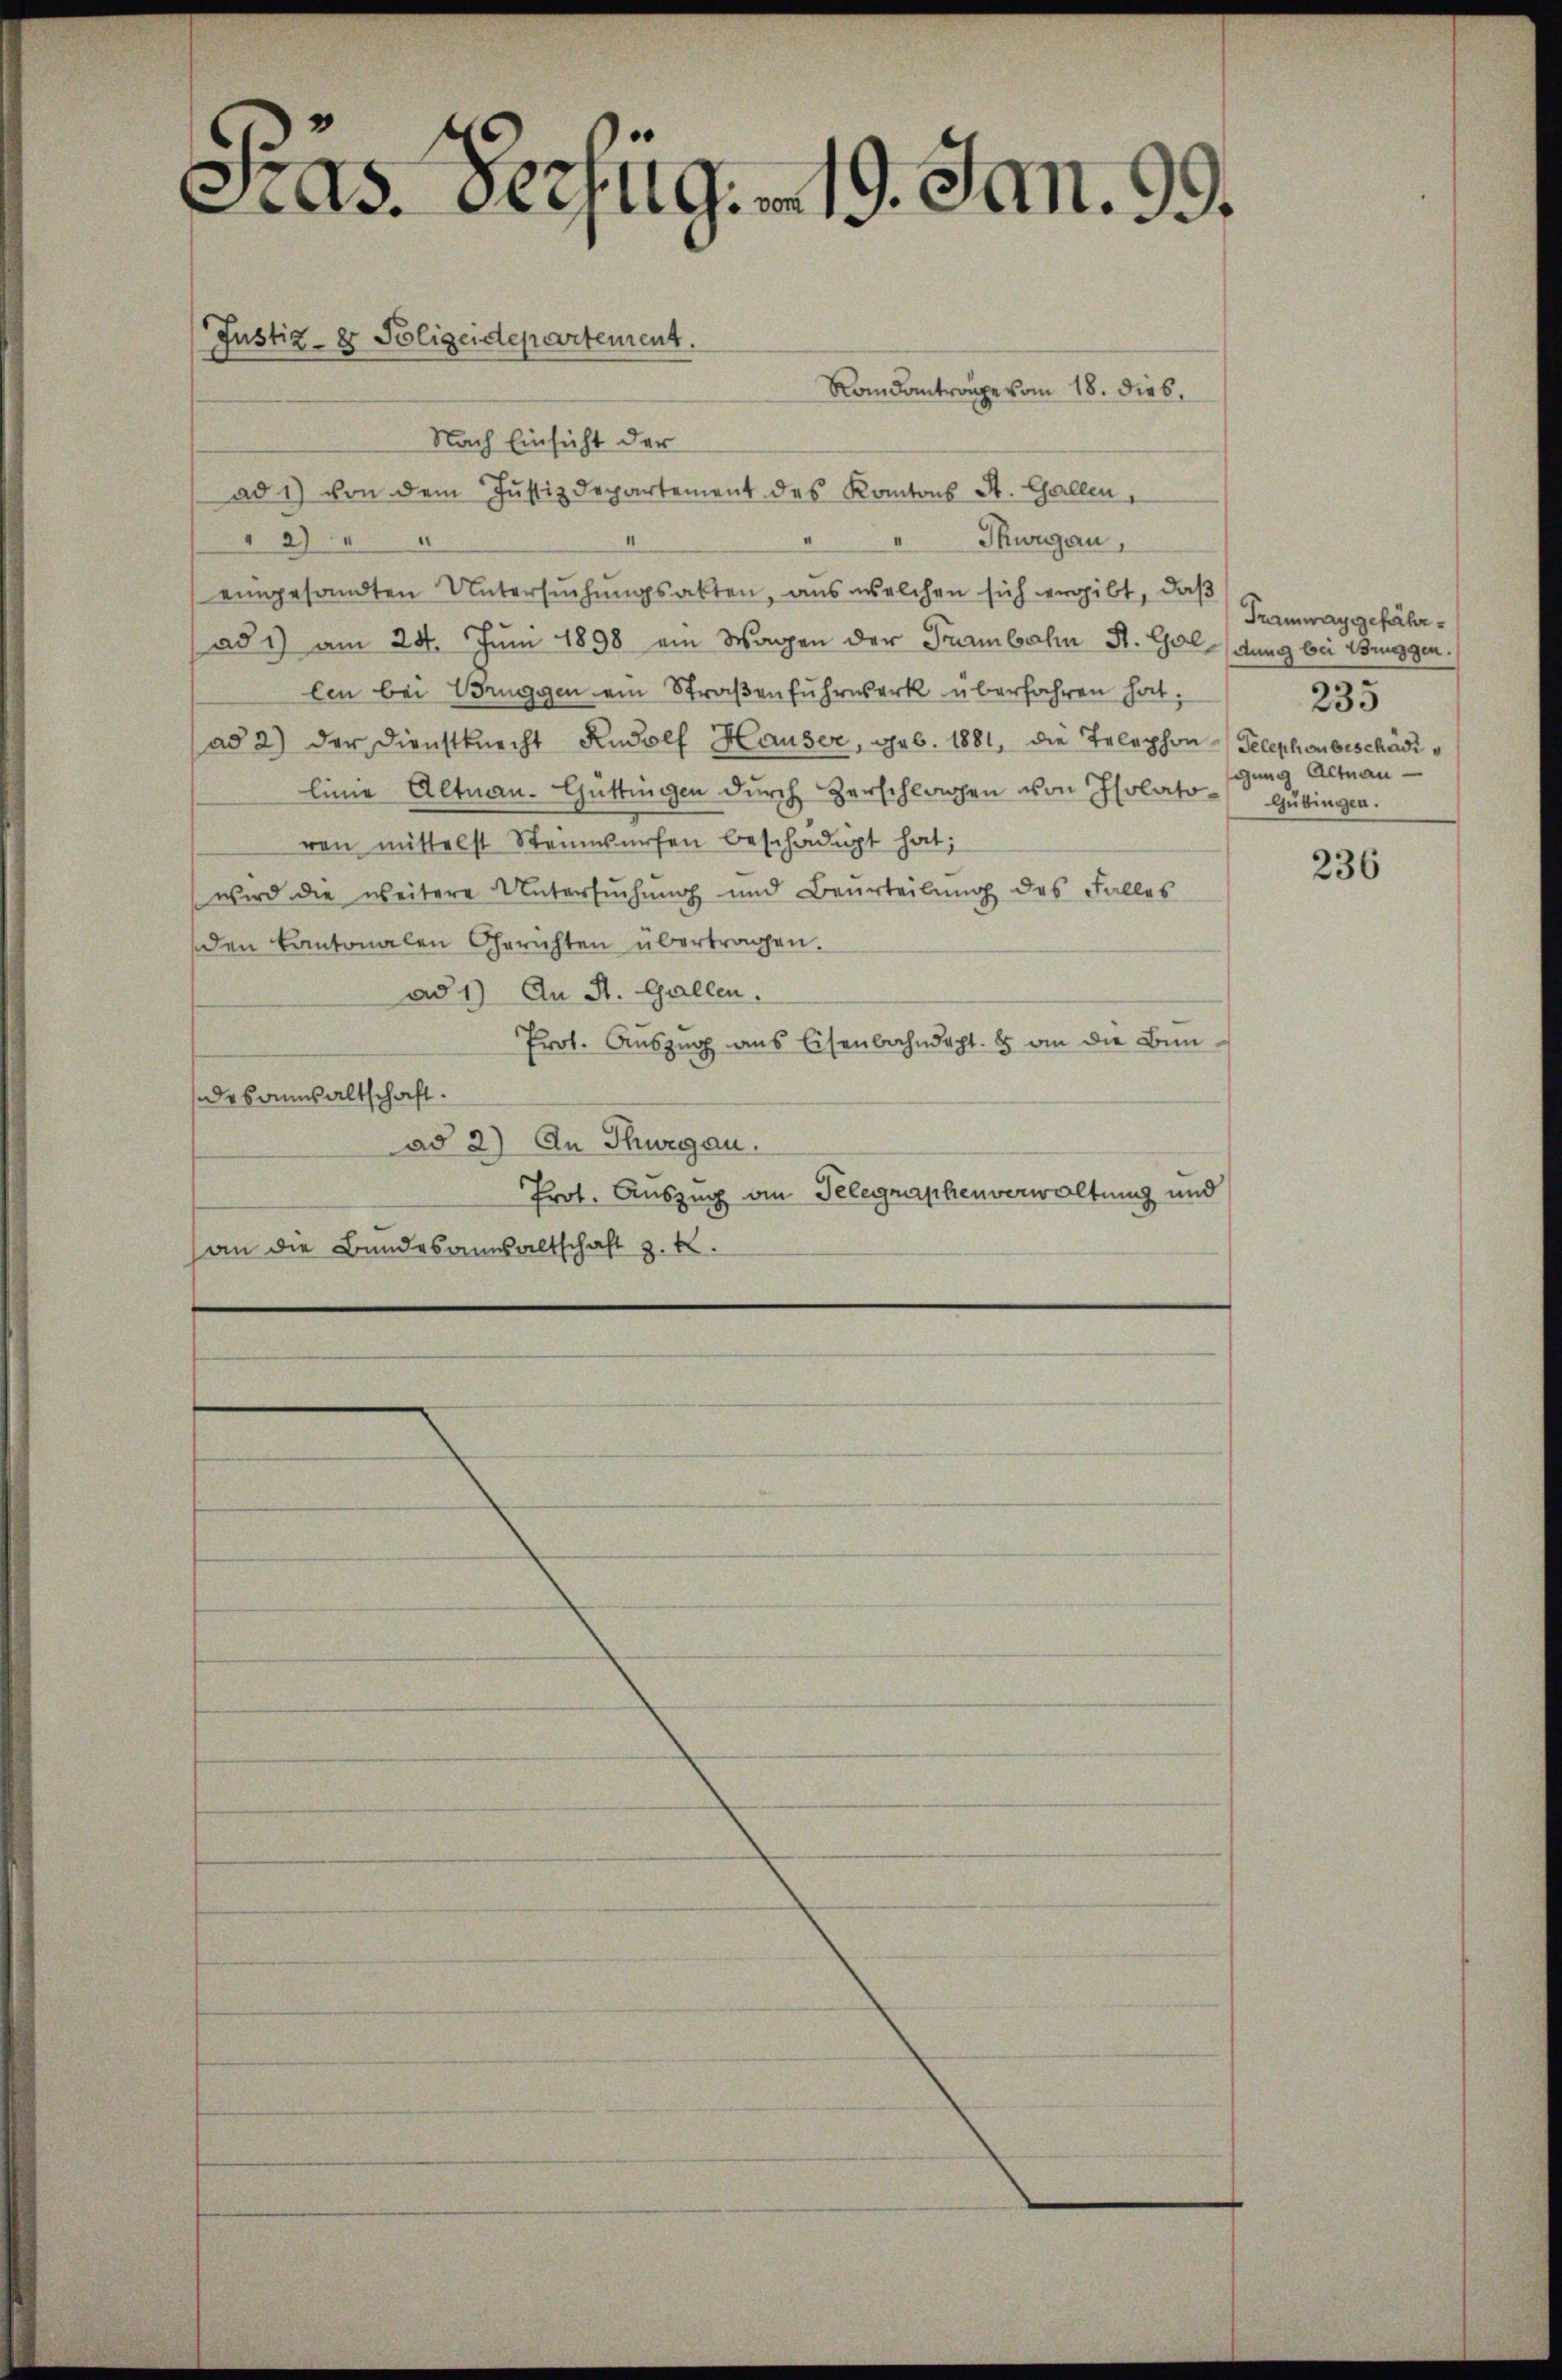
As. Bezug. 19. Jan. 99.

Justiz- & Polizeidepartement.

Randantrange vom 18. dies
Nach Einsicht der
ad 1) von dem Justizdepartement des Kantons St. Gallen,
Thurgau,
§ 294
eingesandten Untersuchungsakten, aus welchen sich ergibt, daß
ad 1) am 28. Juni 1898 ein Wagen der Trambahn St. Galdung bei Fragen.
len bei Brüggen ein Straβenfuhrwerk überfahren hat;
ad 2) der Dienstknecht Rudolf Hauser, geb. 1881, die Telephon Telephonbeschädig
linie Altnau-Güttingen durch Verschlagen von Isolato-Gübingen.
ren mittelst Steinwürfen beschädigt hat;
wird die weitere Untersŭchŭng und Beurteilŭng des Falles
den kantonalen Gerichten übertragen.
ad 1) An St. Gallen.
Prot. Aŭszŭg ans Eisenbahndacht. 8 an die Bundesanwaltschaft.
ad 2) An Thurgau.
Prot. Auszug an Telegraphenverwaltung und
an die Bundesansaltschaft z. B.

Tramway gefähr¬
235
gung Altnau

236